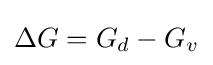
\Delta G=G_{d}-G_{v}